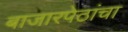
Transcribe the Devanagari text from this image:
बाजारपेठांचा